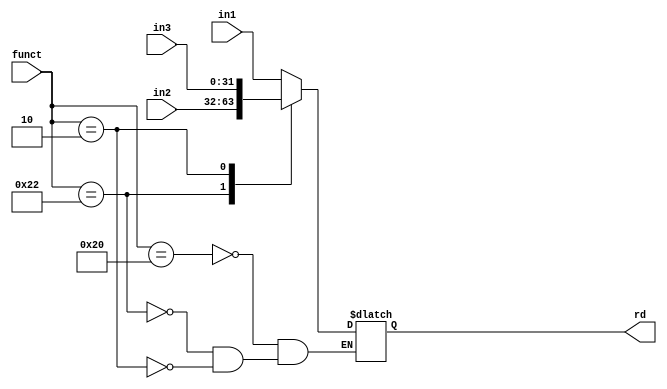
module mux
(
    input [31:0] in1,in2,in3,
    input [5:0] funct,
    output [31:0] rd
);
    reg [31:0] temp;
    always@(*) begin
        case(funct)
            6'b100000: begin
                temp = in1;
                end
                
            6'b100010: begin
                temp = in2;
                end
                
            6'b000010: begin
                temp = in3;
                end
            default: begin
                end
        endcase
    end
    assign rd = temp;
endmodule